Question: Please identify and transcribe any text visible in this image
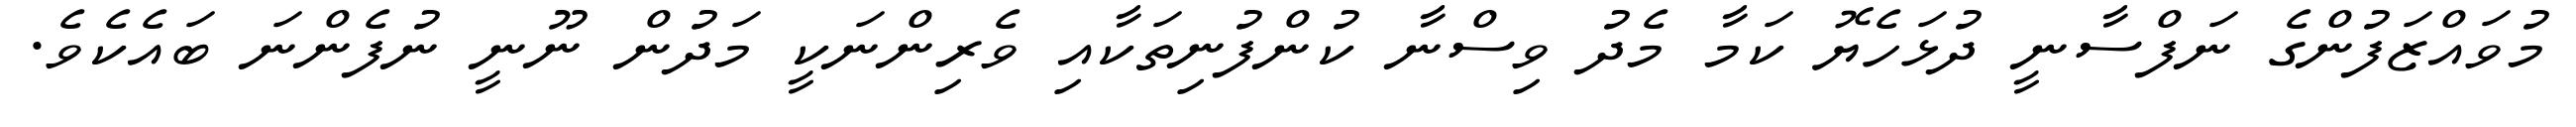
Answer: މުވައްޒަފުންގެ ނަފްސާނީ ދުޅަހެޔޮ ކަމާ މެދު ވިސްނާ ކުންފުނިތަކާއި ވެރިންނަކީ މަދުން ނޫނީ ނުފެންނަ ބައެކެވެ.